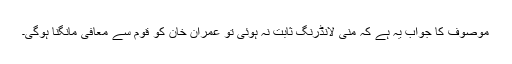
موصوف کا جواب یہ ہے کہ منی لانڈرنگ ثابت نہ ہوئی تو عمران خان کو قوم سے معافی مانگنا ہوگی۔